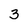
Character: 3